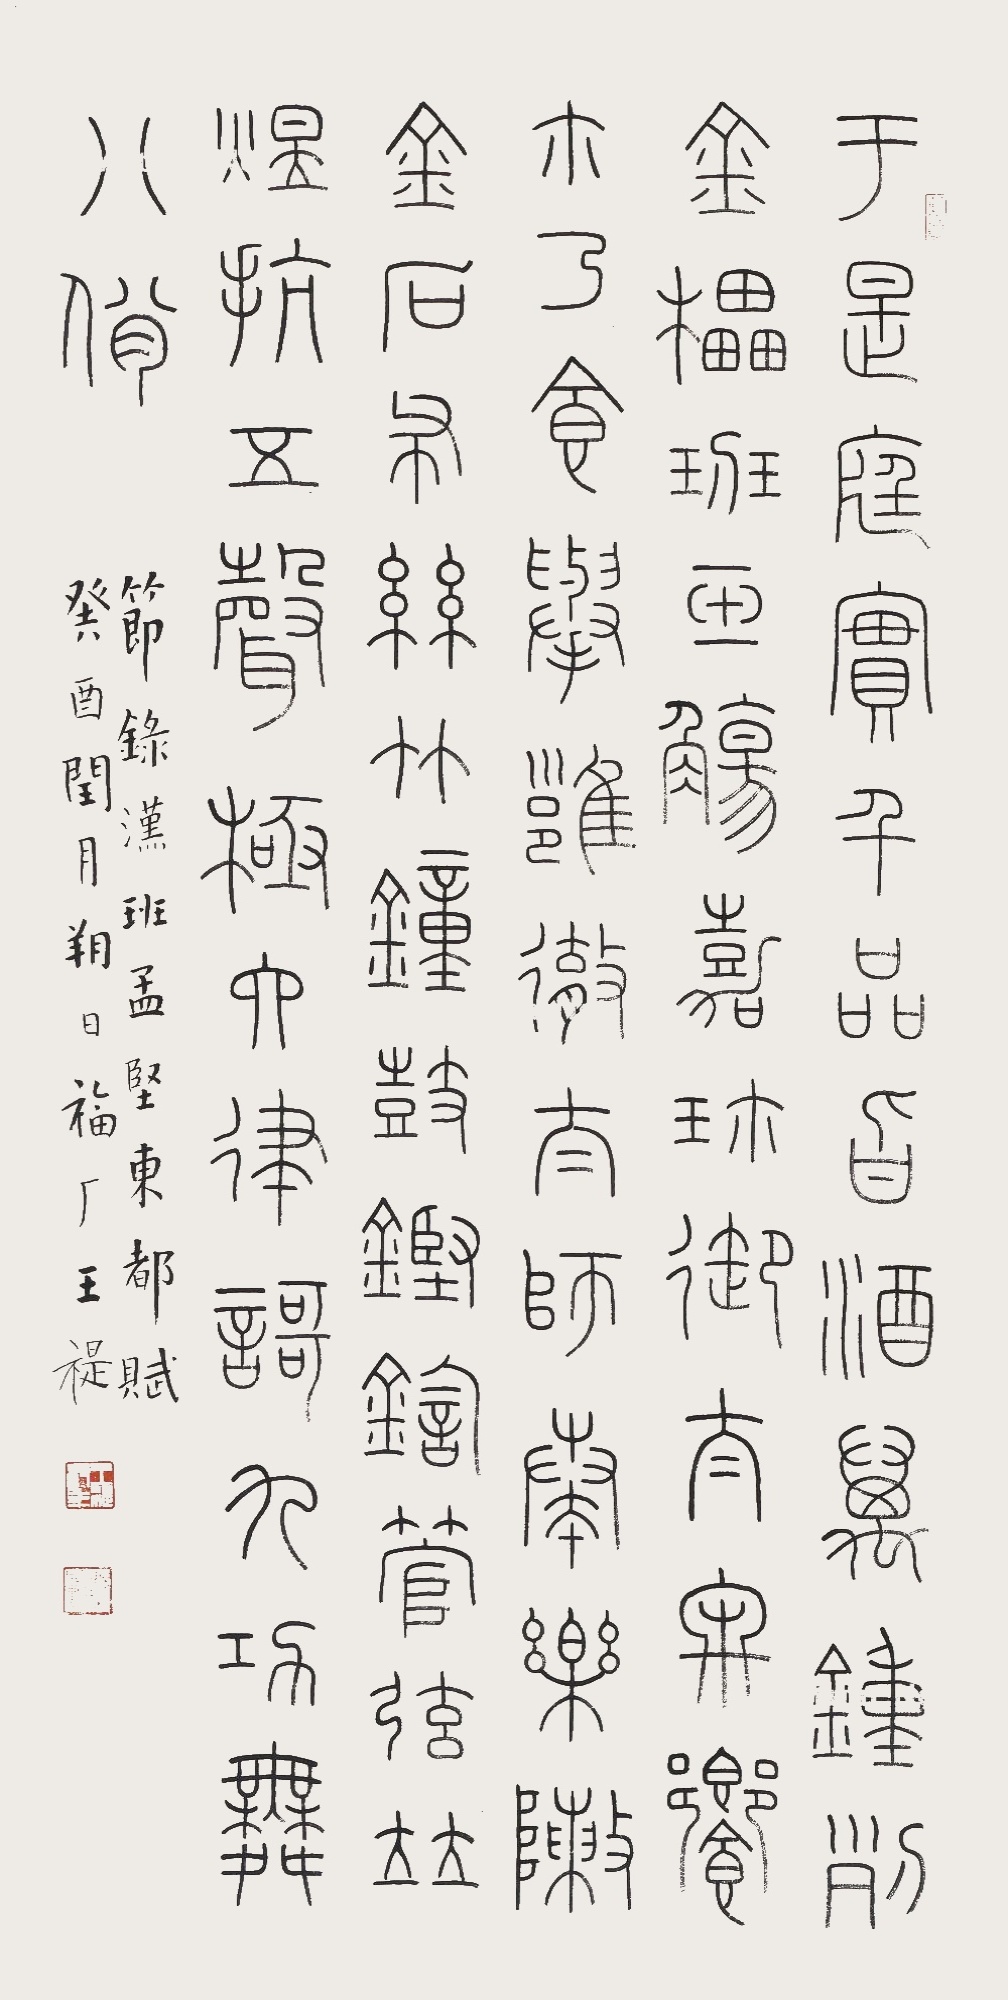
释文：于是庭实千品，旨酒万钟。列金櫑，班玉觞，嘉珍御，太牢飨。尔乃食举雝彻，太师奏乐，陈金石，布丝竹。钟鼓铿鍧，管弦并煜。抗五声，极六律，歌九功，舞八佾。节录汉班孟坚《东都赋》。癸酉（1933）闰月朔日，福厂王褆。